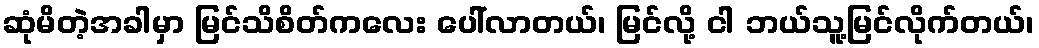
ဆုံမိတဲ့အခါမှာ မြင်သိစိတ်ကလေး ပေါ်လာတယ်၊ မြင်လို့ ငါ ဘယ်သူ့မြင်လိုက်တယ်၊